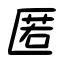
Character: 匿